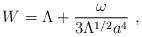
LaTeX: \begin{align*}W = \Lambda +\frac{\omega}{3\Lambda^{1/2}a^{4}} ~,\end{align*}